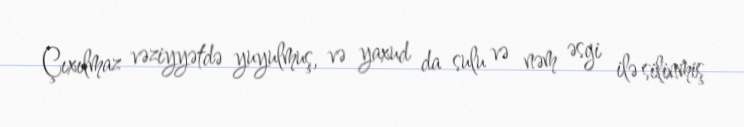
Çıxılmaz vəziyyətdə yuyulmuş, və yaxud da sulu və nəm əsgi ilə silinmiş